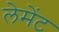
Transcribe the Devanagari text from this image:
लेमेंट